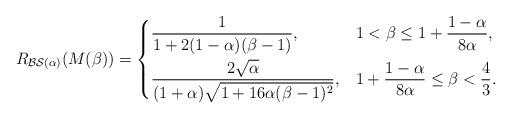
LaTeX: \begin{align*}R_{\mathcal{BS}(\alpha)}(M(\beta)) &=\begin{dcases}\dfrac{1}{1+2(1-\alpha)( \beta-1)}, & 1< \beta\leq 1+ \dfrac{1-\alpha}{8\alpha},\\\dfrac{2\sqrt{\alpha}}{(1+\alpha)\sqrt{ 1+16\alpha ( \beta-1)^2}},& 1+ \dfrac{1-\alpha}{8\alpha}\leq \beta< \frac{4}{3}.\end{dcases}\end{align*}